Annual administration report of the Civil Veterinary Department of India - 1892-1893
Year: 1892
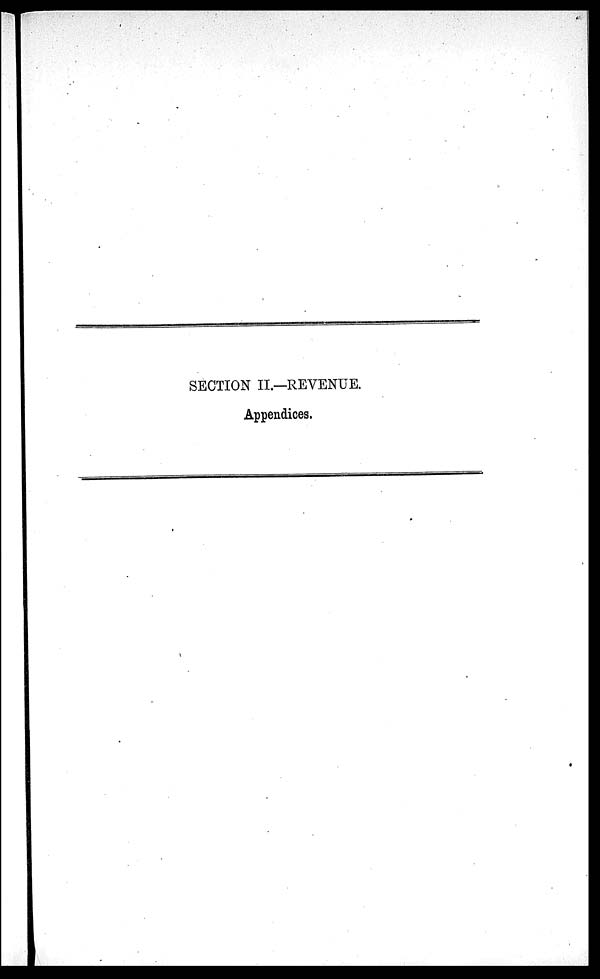
SECTION II.—REVENUE.
Appendices.